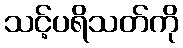
သင့်ပရိသတ်ကို